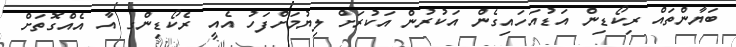
ބަޔާންތައް ރިކޯޑިން އަޑުއަހައިގެން އަކުރުން އަކުރަށް ލިޔުމަށްފަހު އެއީ ރެކޯޑިންގ އާ އެއްގޮތަށް